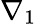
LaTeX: \nabla_{1}